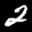
Label: 2